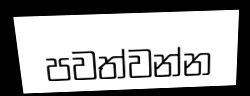
පවත්වන්න